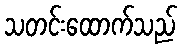
သတင်းထောက်သည်